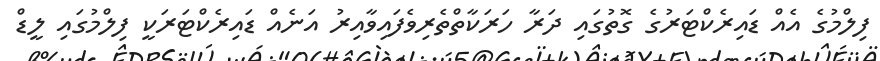
ފިލްމުގެ އެއް ޑައިރެކްޓަރުގެ ގޮތުގައި ދަރާ ހަރަކާތްތެރިވެފައިވާއިރު އަނެއް ޑައިރެކްޓަރަކީ ފިލްމުގައި ލީޑް